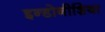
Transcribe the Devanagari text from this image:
इन्डोनीशिया